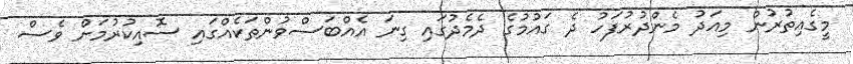
މީގެއިތުރުން މިއަދު މެންދުރުފަހު ދެ ގައުމުގެ ދެމެދުގައި ގިނަ އެއްބަސްވުންތަކެއްގައި ސޮއިކުރުމަށް ވެސް